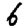
Digit: 6